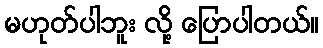
မဟုတ်ပါဘူး လို့ ပြောပါတယ်။